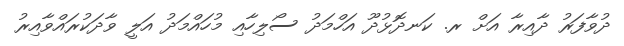
ދުވާފަރު ދާއިރާ އަށް ރ. ކަނދޮޅުދޫ އަހްމަދު ސޯލިހާއި މުހައްމަދު އަލީ ވާދަކުރައްވާއިރު